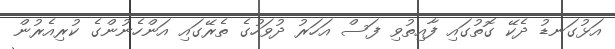
އަޅުގަނޑު ދެކޭ ގޮތުގައި ފާއިތުވި ފަސް އަހަރު ދުވަހުގެ ތެރޭގައި އަންހެނުންގެ ކުރިއެރުން